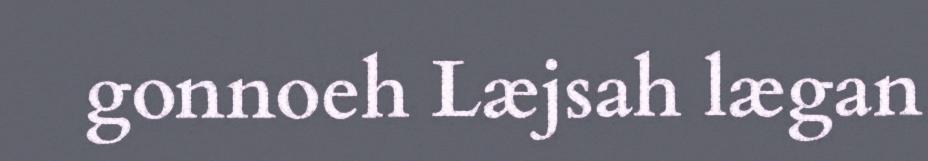
gonnoeh Læjsah lægan